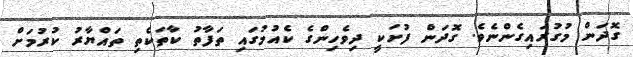
ގޮދަން މުގުރައިގެންނެވެ. ގޮދަން ފުށަކީ ދިވެހިންގެ ކެއުމުގައި ތަފާތު ކާތަކެތި ތައްޔާރު ކުރުމަށް